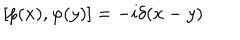
LaTeX: [ p ( x ) , \varphi ( y ) ] = - i \delta ( x - y )